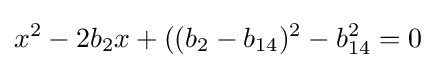
x^{2}-2b_{2}x+((b_{2}-b_{14})^{2}-b_{14}^{2}=0